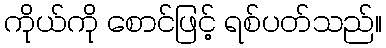
ကိုယ်ကို စောင်ဖြင့် ရစ်ပတ်သည်။